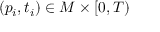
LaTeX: ( p _ { i } , t _ { i } ) \in M \times [ 0 , T )